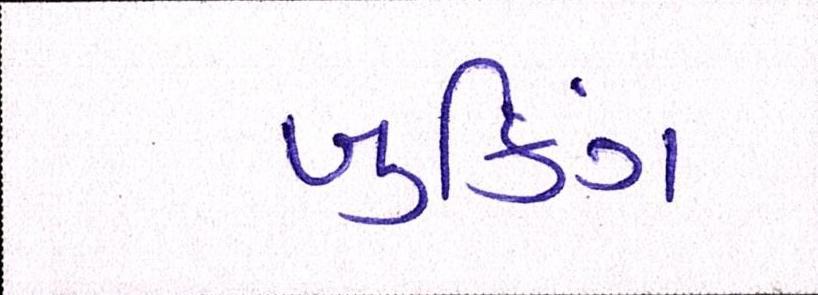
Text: બુકિંગ